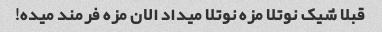
قبلا شیک نوتلا مزه نوتلا میداد الان مزه فرمند میده!